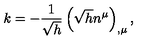
k = - \frac 1 { \sqrt { h } } \left( \sqrt { h } n ^ { \mu } \right) _ { , \mu } ,